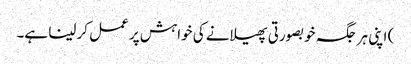
) اپنی ہر جگہ خوبصورتی پھیلانے کی خواہش پر عمل کر لینا ہے۔